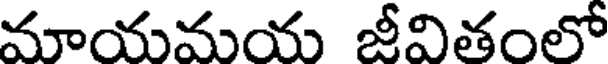
మూయమయ జీవితంలో